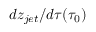
d z _ { j e t } / d \tau ( \tau _ { 0 } )